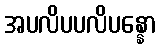
အပလိပပလိပန္နော